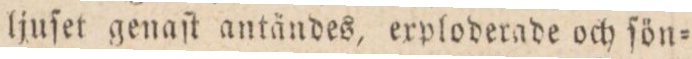
ljuſet genaſt antändes, erploderade och ſön=